Report of the Indian Hemp Drugs Commission, 1894-1895 - Volume VII
Year: 1894
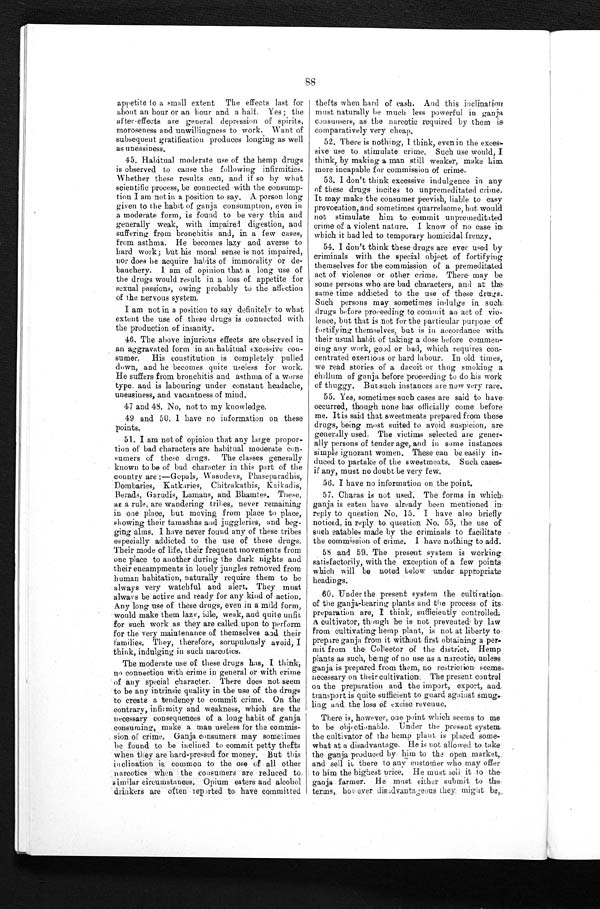
88
appetite to a small extent The effects last for
about an hour or an hour and a half. Yes; the
after-effects are general depression of spirits,
moroseness and unwillingness to work. Want of
subsequent gratification produces longing as well
as uneasiness.
45. Habitual moderate use of the hemp drugs
is observed to cause the following infirmities.
Whether these results can, and if so by what
scientific process, be connected with the consump-
tion I am not in a position to say. A person long
given to the habit of ganja consumption, even in
a moderate form, is found to be very thin and
generally weak, with impaired digestion, and
suffering from bronchitis and, in a few cases,
from asthma. He becomes lazy and averse to
hard work; but his moral sense is not impaired,
nor does he acquire habits of immorality or de-
bauchery. I am of opinion that a long use of
the drugs would result in a loss of appetite for
sexual passions, owing probably to the affection
of the nervous system.
I am not in a position to say definitely to what
extent the use of these drugs is connected with
the production of insanity.
46. The above injurious effects are observed in
an aggravated form in an habitual excessive con-
sumer. His constitution is completely pulled
down, and he becomes quite useless for work.
He suffers from bronchitis and asthma of a worse
type. and is labouring under constant headache,
uneasiness, and vacantness of mind.
47 and 48. No, not to my knowledge.
49 and 50. I have no information on these
points.
51. I am not of opinion that any large propor
-
tion of bad characters are habitual moderate con-
sumers of these drugs. The classes generally
known to be of bad character in this part of the
country are :—Gopals, Wasudevs, Phaseparadhis,
Dombaries, Katkaries, Chitrakathis, Kaikadis,
Berads, Garudis, Lamans, and Bhamtes. These,
as a rule, are wandering tribes, never remaining
in one place, but moving from place to place,
showing their tamashas and juggleries, and beg-
ging alms. I have never found any of these tribes
especially addicted to the use of these drugs.
Their mode of life, their frequent movements from
one place to another during the dark nights and
their encampments in lonely jungles removed from
human habitation, naturally require them to be
always very watchful and alert. They must
always be active and ready for any kind of action.
Any long use of these drugs, even in a mild form,
would make them lazy, idle, weak, and quite unfit
for such work as they are called upon to perform
for the very maintenance of themselves and their
families. They, therefore, scrupulously avoid, I
think, indulging in such narcotics.
The moderate use of these drugs has, I think,
no connection with crime in general or with crime
of any special character. There does not seem
to be any intrinsic quality in the use of the drugs
to create a tendency to commit crime. On the
contrary, infirmity and weakness, which are the
necessary consequences of a long habit of ganja
consuming, make a man useless for the commis
-
sion of crime. Ganja consumers may sometimes
be found to be inclined to commit petty thefts
when they are hard-pressed for money. But this
inclination is common to the use of all other
narcotics when the consumers are reduced to
similar circumstances. Opium eaters and alcohol
drinkers are often reported to have committed
thefts when hard of cash. And this inclination
must naturally be much less powerful in ganja
c o n s u m e r s , a s t h e n a r c o t i c r e q u i r e d b y t h e m i s
comparatively very cheap.
52. There is nothing, I think, even in the exces
-
sive use to stimulate crime. Such use would, I
think, by making a man still weaker, make him
more incapable for commission of crime.
53. I don't think excessive indulgence in any
of these drugs incites to unpremeditated crime.
It may make the consumer peevish, liable to easy
provocation, and sometimes quarrelsome, but would
not stimulate him to commit unpremeditated
crime of a violent nature. I know of no case in
which it had led to temporary homicidal frenzy.
54. I don't think these drugs are ever used by
criminals with the special object of fortifying
themselves for the commission of a premeditated
act of violence or other crime. There may be
some persons who are bad characters, and at the
same time addicted to the use of these drugs.
Such persons may sometimes indulge in such
drugs before proceeding to commit an act of vio
-
lence, but that is not for the particular purpose of
fortifying themselves, but is in accordance with
their usual habit of taking a dose before commen
-
cing any work , good or bad, which requires con-
centrated exertions or hard labour. In old times,
we read stories of a dacoit or thug smoking a
c h i l l u m o f g a n j a b e f o r e p r o c e e d i n g t o d o h i s w o r k
of thuggy. But such instances are now very rare.
55. Yes, sometimes such cases are said to have
occurred, though none has officially come before
me. Itis said that sweetmeats prepared from these
drugs, being most suited to avoid suspicion, are
generally used. The victims selected are gener
-
ally persons of tender age, and in some instances
simple ignorant women. These can be easily in
-
duced to partake of the sweetmeats. Such cases-
if any, must no doubt be very few.
56. I have no information on the point.
57. Charas is not used. The forms in which
ganja is eaten have already been mentioned in
reply to question No. 15. I have also briefly
noticed, in reply to question No. 55, the use of
such eatables made by the criminals to facilitate
the commission of crime. I have nothing to add.
58 and 59. The present system is working
satisfactorily, with the exception of a few points
which will be noted below under appropriate
headings.
60. Under the present system the cultivation.
of the ganja-bearing plants and the process of its
preparation are, I think, sufficiently controlled.
A cultivator, though he is not prevented by law
from cultivating hemp plant, is not at liberty to
prepare ganja from it without first obtaining a per
-
mit from the Collector of the district. Hemp
plants as such, being of no use as a narcotic, unless
ganja is prepared from them, no restriction seems
necessary on their cultivation. The present control
on the preparation and the import, export, and
transport is quite sufficient to guard against smug-
ling and the loss of excise revenue.
There is, however, one point which seems to me
to be objectionable. Under the present system
the cultivator of the hemp plant is placed some
-
what at a disadvantage. He is not allowed to take
the ganja produced by him to the open market,
and sell it there to any customer who may offer
to him the highest price. He must sell it to the
ganja farmer. He must either submit to the
terms, hovever disadvantagous they might be,